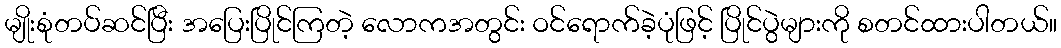
မျိုးစုံတပ်ဆင်ပြီး အပြေးပြိုင်ကြတဲ့ လောကအတွင်း ဝင်ရောက်ခဲ့ပုံဖြင့် ပြိုင်ပွဲများကို စတင်ထားပါတယ်။